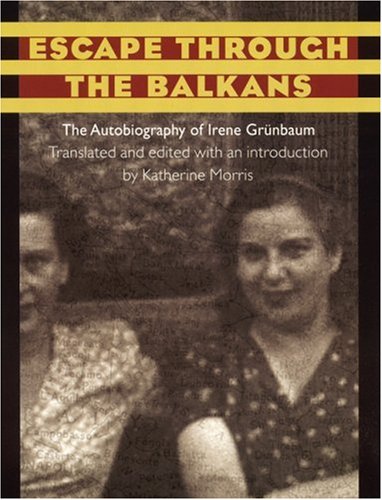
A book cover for Escape through the Balkans: The Autobiography of Irene Grunbaum; Irene Grunbaum; Biographies & Memoirs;